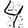
Digit: 4